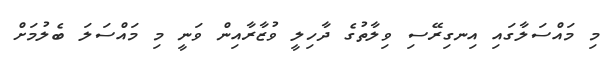
މި މައްސަލާގައި އިނގިރޭސި ވިލާތުގެ ދާހިލީ ވުޒާރާއިން ވަނީ މި މައްސަލަ ބެލުމަށް